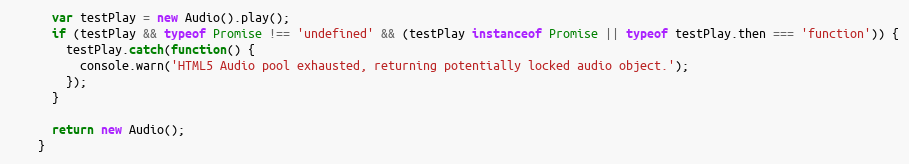
Language: JavaScript
      var testPlay = new Audio().play();
      if (testPlay && typeof Promise !== 'undefined' && (testPlay instanceof Promise || typeof testPlay.then === 'function')) {
        testPlay.catch(function() {
          console.warn('HTML5 Audio pool exhausted, returning potentially locked audio object.');
        });
      }

      return new Audio();
    }